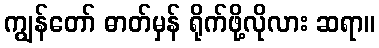
ကျွန်တော် ဓာတ်မှန် ရိုက်ဖို့လိုလား ဆရာ။